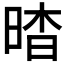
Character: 𣇿